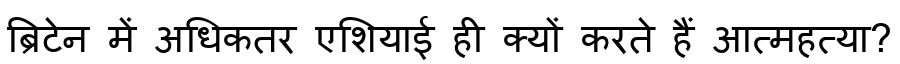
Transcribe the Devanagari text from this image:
ब्रिटेन में अधिकतर एशियाई ही क्यों करते हैं आत्महत्या?